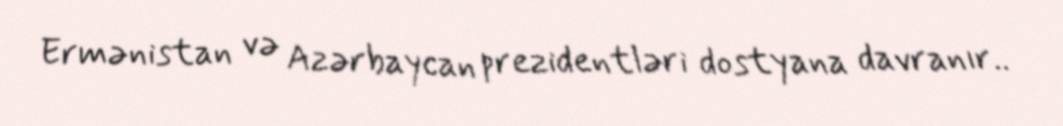
Ermənistan və Azərbaycan prezidentləri dostyana davranır..